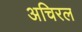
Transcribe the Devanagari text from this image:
अचिरल